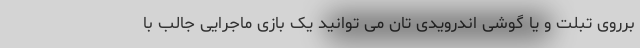
برروی تبلت و یا گوشی اندرویدی تان می توانید یک بازی ماجرایی جالب با